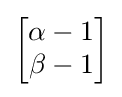
{\begin{bmatrix}\alpha -1\\\beta -1\end{bmatrix}}